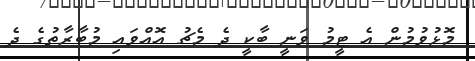
މޮޅުވުމުން އެ ޓީމު ވަނީ ބާކީ ދެ މެޗު އޮއްވައި މުބާރާތުގެ ދެ